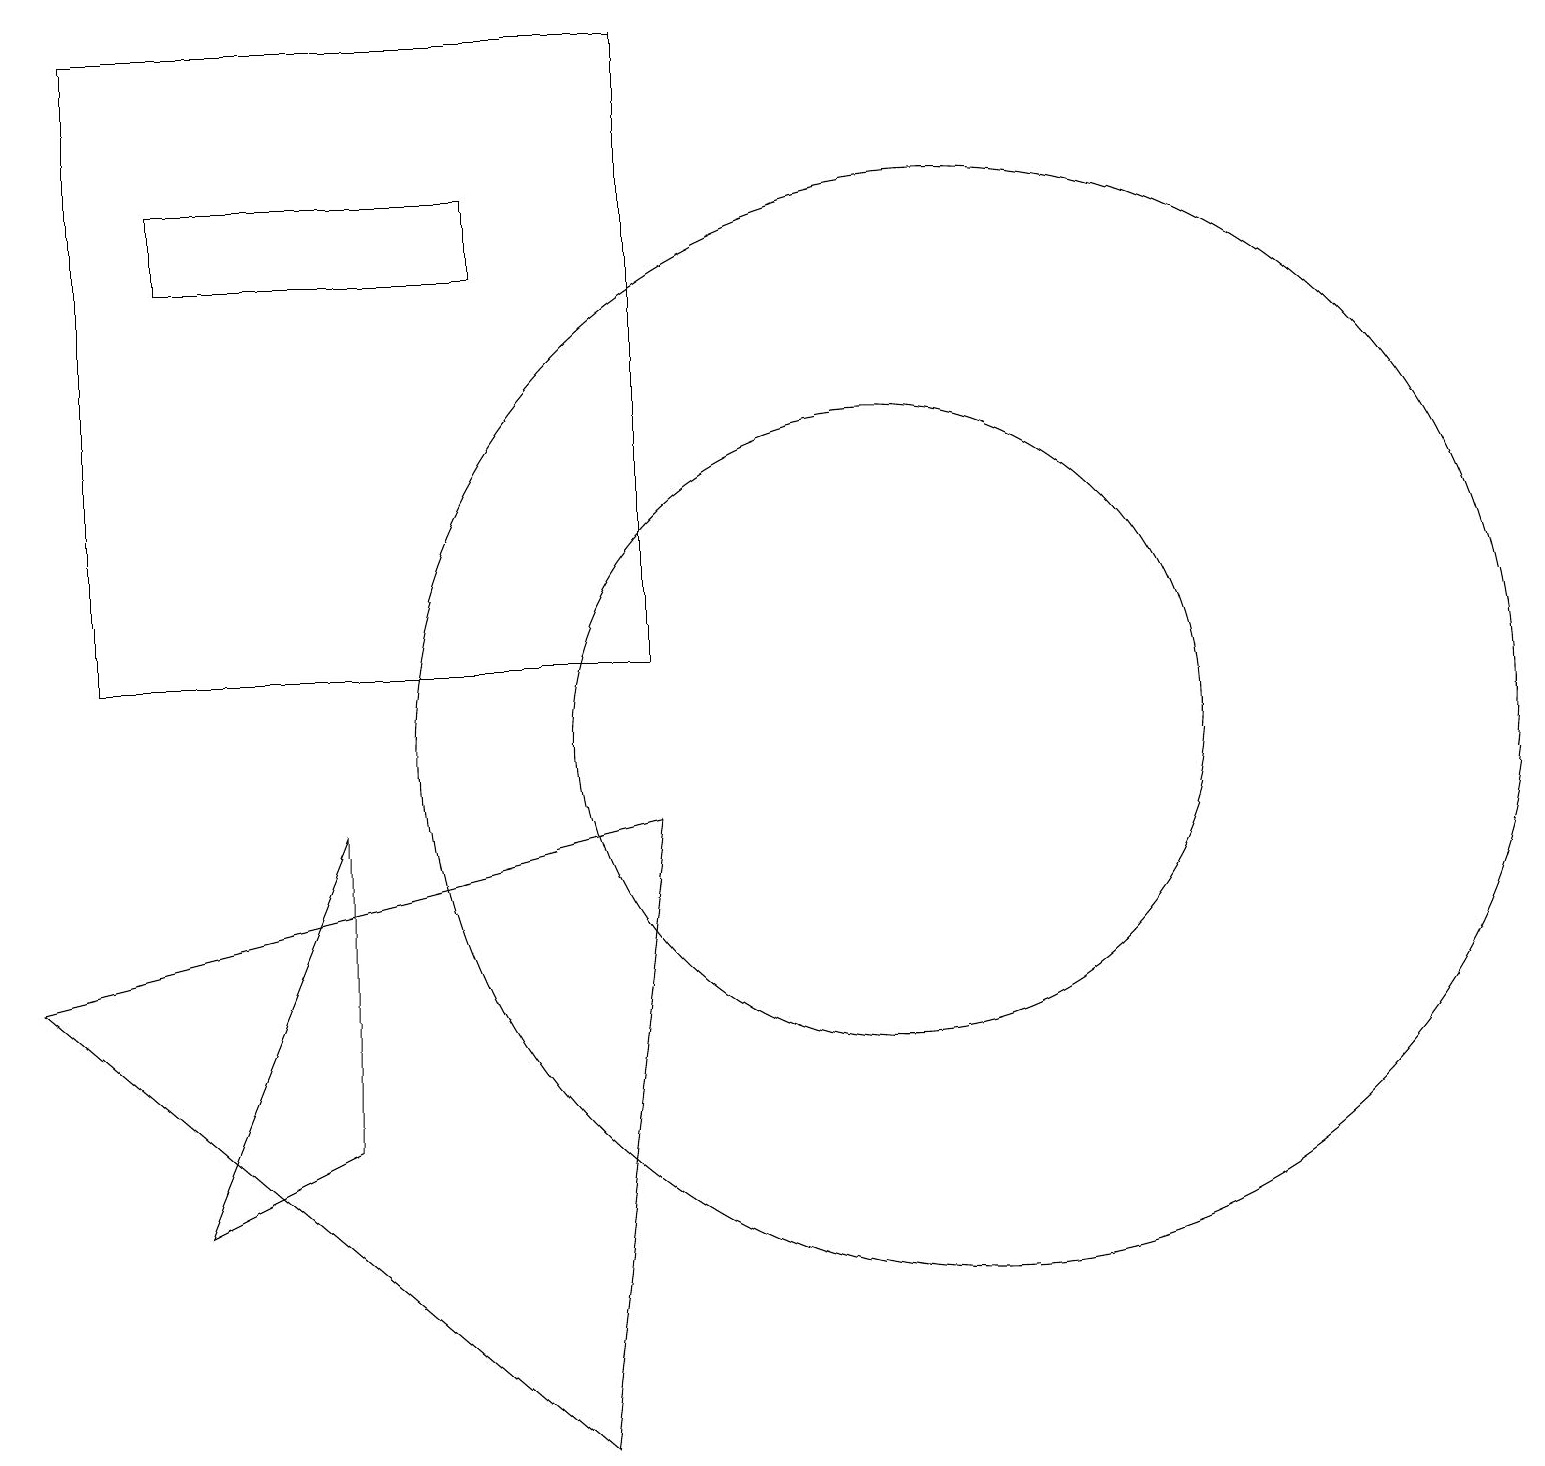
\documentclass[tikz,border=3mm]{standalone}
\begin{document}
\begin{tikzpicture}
\draw (1,11) rectangle (8,19);
\draw (12,10) circle (7);
\draw (6,17) rectangle (2,16);
\draw (4,9) -- (4,5) -- (2,4) -- cycle;
\draw (11,10) circle (4);
\draw (8,9) -- (0,7) -- (7,1) -- cycle;
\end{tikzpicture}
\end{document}